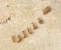
سيناترا